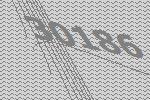
30186